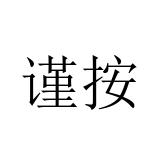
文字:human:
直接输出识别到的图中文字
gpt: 谨按